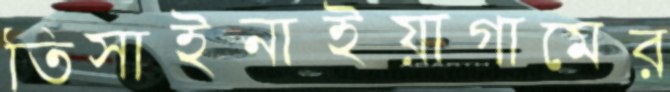
তিসাইনাইয়াগামের